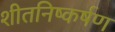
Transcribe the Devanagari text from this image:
शीतनिष्कर्षण